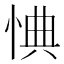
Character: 㥏